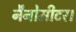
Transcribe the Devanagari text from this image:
नैनोमीटर।